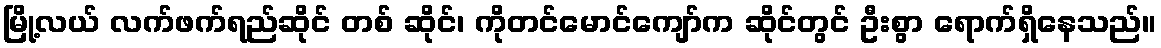
မြို့လယ် လက်ဖက်ရည်ဆိုင် တစ် ဆိုင်၊ ကိုတင်မောင်ကျော်က ဆိုင်တွင် ဦးစွာ ရောက်ရှိနေသည်။